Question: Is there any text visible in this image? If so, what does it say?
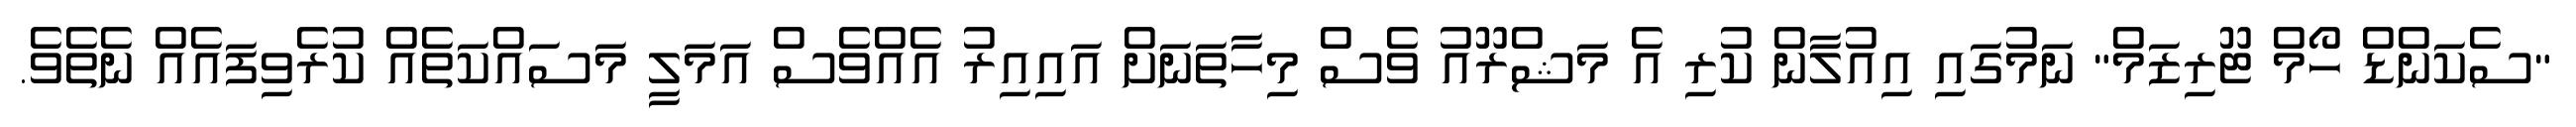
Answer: "ސެކަންޑް ހޯމް ޓޫރިޒަމް" ނަމުގައި އިއުލާން ކުރި އެ މަޝްރޫއު ވެސް މިހާތަނަށް އައިއިރު އެއްވެސް އަމަލީ މަސައްކަތެއް ކުރެވިފައެއް ނެތެވެ.